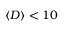
\langle D \rangle < 1 0 \